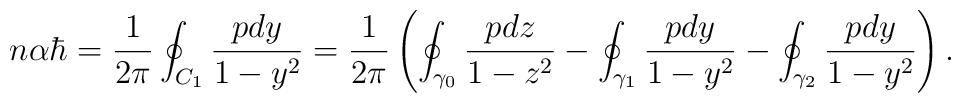
n \alpha \hbar = \frac{1}{2 \pi}\oint_{ C_1}     \frac {p dy} {1-y^2} = \frac {1}{2\pi}\left(     \oint_{\gamma_0} \frac{p dz}{1-z^2} - \oint_{\gamma_1}     \frac{p dy}{1-y^2}  -  \oint_{\gamma_2}  \frac{p dy}{1-y^2} \right).